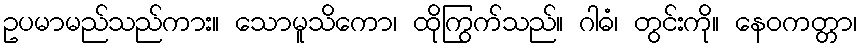
ဥပမာမည်သည်ကား။ သောမူသိကော၊ ထိုကြွက်သည်။ ဂါဓံ၊ တွင်းကို။ နေဝကတ္တာ၊